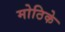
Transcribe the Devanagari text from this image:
मोठिके